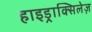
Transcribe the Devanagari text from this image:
हाइड्राक्सिलेज़